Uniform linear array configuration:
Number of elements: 32
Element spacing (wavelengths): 0.5
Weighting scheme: cosine
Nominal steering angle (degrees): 30
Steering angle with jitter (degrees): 28.942
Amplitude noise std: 0.05
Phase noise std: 0.05

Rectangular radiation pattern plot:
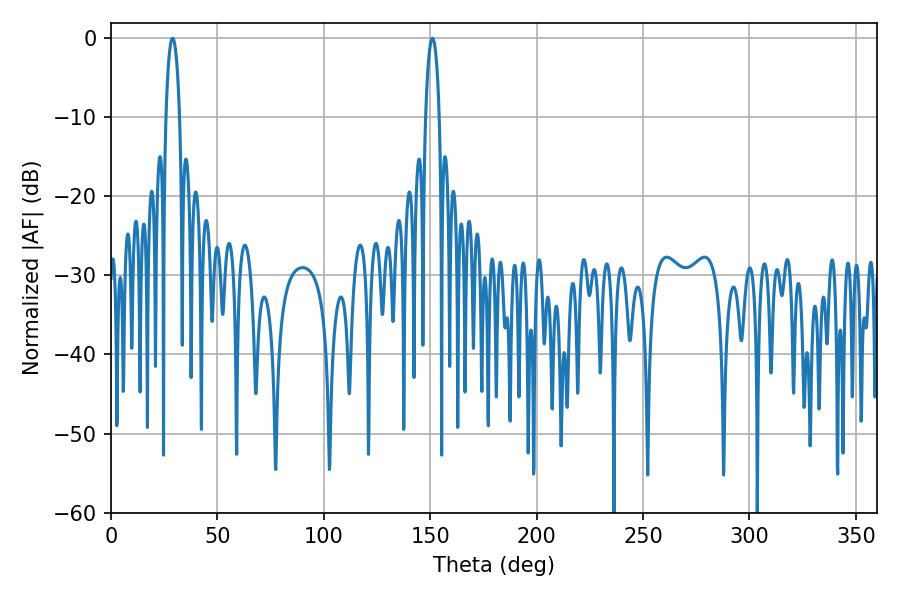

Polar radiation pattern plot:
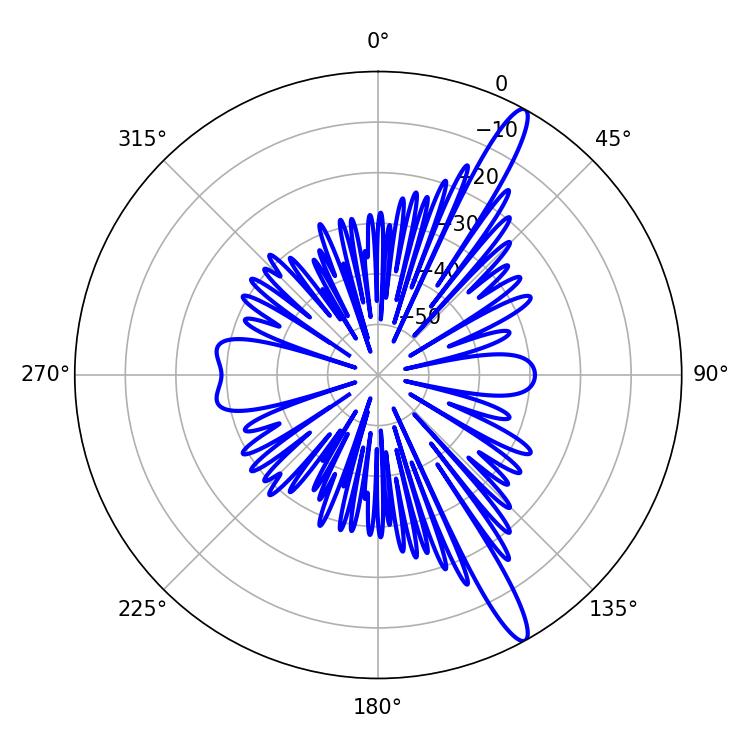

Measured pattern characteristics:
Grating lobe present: FALSE
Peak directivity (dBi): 14.639
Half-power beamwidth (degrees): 3.6
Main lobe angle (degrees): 28.98